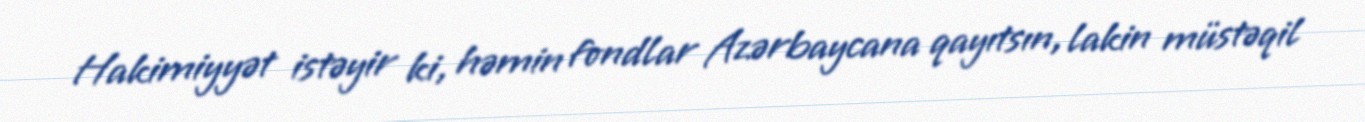
Hakimiyyət istəyir ki, həmin fondlar Azərbaycana qayıtsın, lakin müstəqil